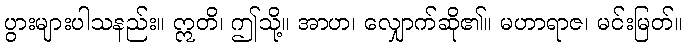
ပွားများပါသနည်း။ ဣတိ၊ ဤသို့။ အာဟ၊ လျှောက်ဆို၏။ မဟာရာဇ၊ မင်းမြတ်။